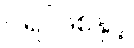
ဂရပ်ဖစ်နှင့်